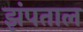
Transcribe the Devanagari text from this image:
झंपताल